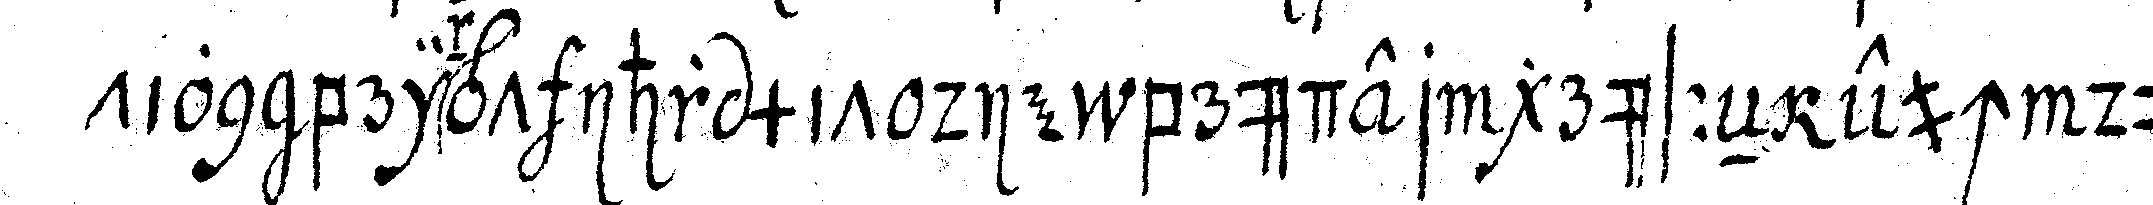
tion bringt ihr mit die brüder grüsseN euch durch